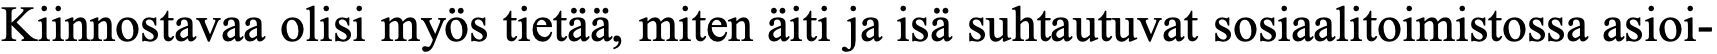
Kiinnostavaa olisi myös tietää, miten äiti ja isä suhtautuvat sosiaalitoimistossa asioi-